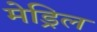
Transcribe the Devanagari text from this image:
मेड्रिल